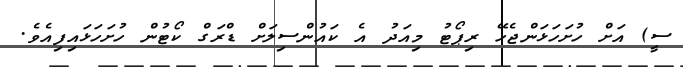
ސީ) އަށް ހުށަހަޅަންޖެހޭ ރިޕޯޓު މިއަދު އެ ކައުންސިލަށް ޑްރަގް ކޯޓުން ހުށަހަޅައިފިއެވެ.